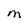
Character: M